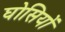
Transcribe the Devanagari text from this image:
घोसियों